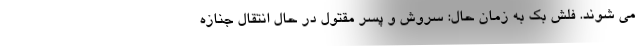
می شوند. فلش بک به زمان حال: سروش و پسر مقتول در حال انتقال جنازه